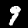
Digit: 9